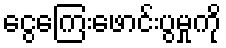
ငွေကြေးဖောင်းပွမှုကို